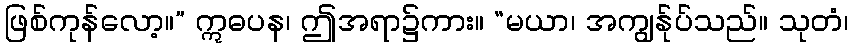
ဖြစ်ကုန်လော့။” ဣဓပန၊ ဤအရာ၌ကား။ “မယာ၊ အကျွန်ုပ်သည်။ သုတံ၊